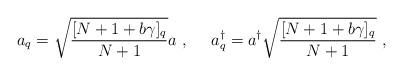
LaTeX: \begin{align*}a_q=\sqrt{\frac{[N +1+b\gamma]_q}{N +1}}a~,~~~~a_q^\dagger=a^\dagger\sqrt{\frac{[N+1+b\gamma]_q}{N+1}}~,\end{align*}